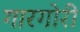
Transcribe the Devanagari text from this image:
गारगोरी